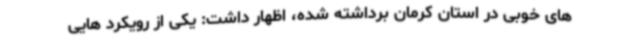
های خوبی در استان کرمان برداشته شده، اظهار داشت: یکی از رویکرد هایی